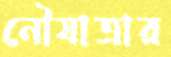
নৌযাত্রার